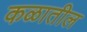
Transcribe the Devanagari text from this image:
कळातील